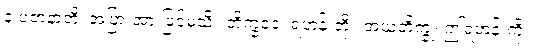
န ပဇာနာတိ၊ အပြားအားဖြင့်မသိ။ ဘိက္ခဝေ၊ ရဟန်းတို့။ အယံဘိက္ခု၊ ဤရဟန်းကို။